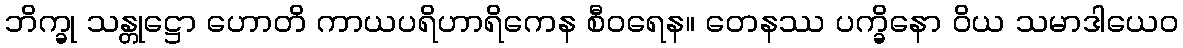
ဘိက္ခု သန္တုဋ္ဌော ဟောတိ ကာယပရိဟာရိကေန စီဝရေန။ တေနဿ ပက္ခိနော ဝိယ သမာဒါယေဝ